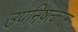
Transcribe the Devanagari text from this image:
उपनिषत्काल